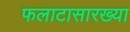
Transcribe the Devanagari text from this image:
फलाटासारख्या